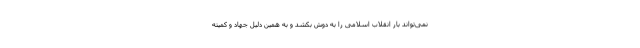
نمی‌تواند بار انقلاب اسلامی را به دوش بکشد و به همین دلیل جهاد و کمیته